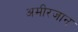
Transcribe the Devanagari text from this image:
अमीरजान